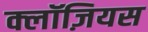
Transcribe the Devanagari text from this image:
क्लॉज़ियस